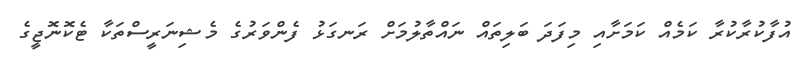
އުފާކުރާކުރާ ކަމެއް ކަމަށާއި މިފަދަ ބަލިތައް ނައްތާލުމަށް ރަނގަޅު ފެންވަރުގެ މެޝިނަރީސްތަކާ ޓެކޮނޮޖީގެ